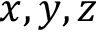
x , y , z